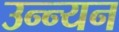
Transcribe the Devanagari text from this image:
उन्न्यन